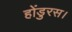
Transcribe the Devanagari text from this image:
होंडुरस।